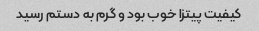
کیفیت پیتزا خوب بود و گرم به دستم رسید